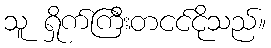
သူ ရှိုက်ကြီးတငင်ငိုသည်။